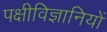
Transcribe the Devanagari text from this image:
पक्षीविज्ञानियों